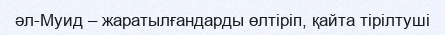
әл-Муид – жаратылғандарды өлтіріп, қайта тірілтуші